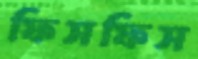
ফিসফিস